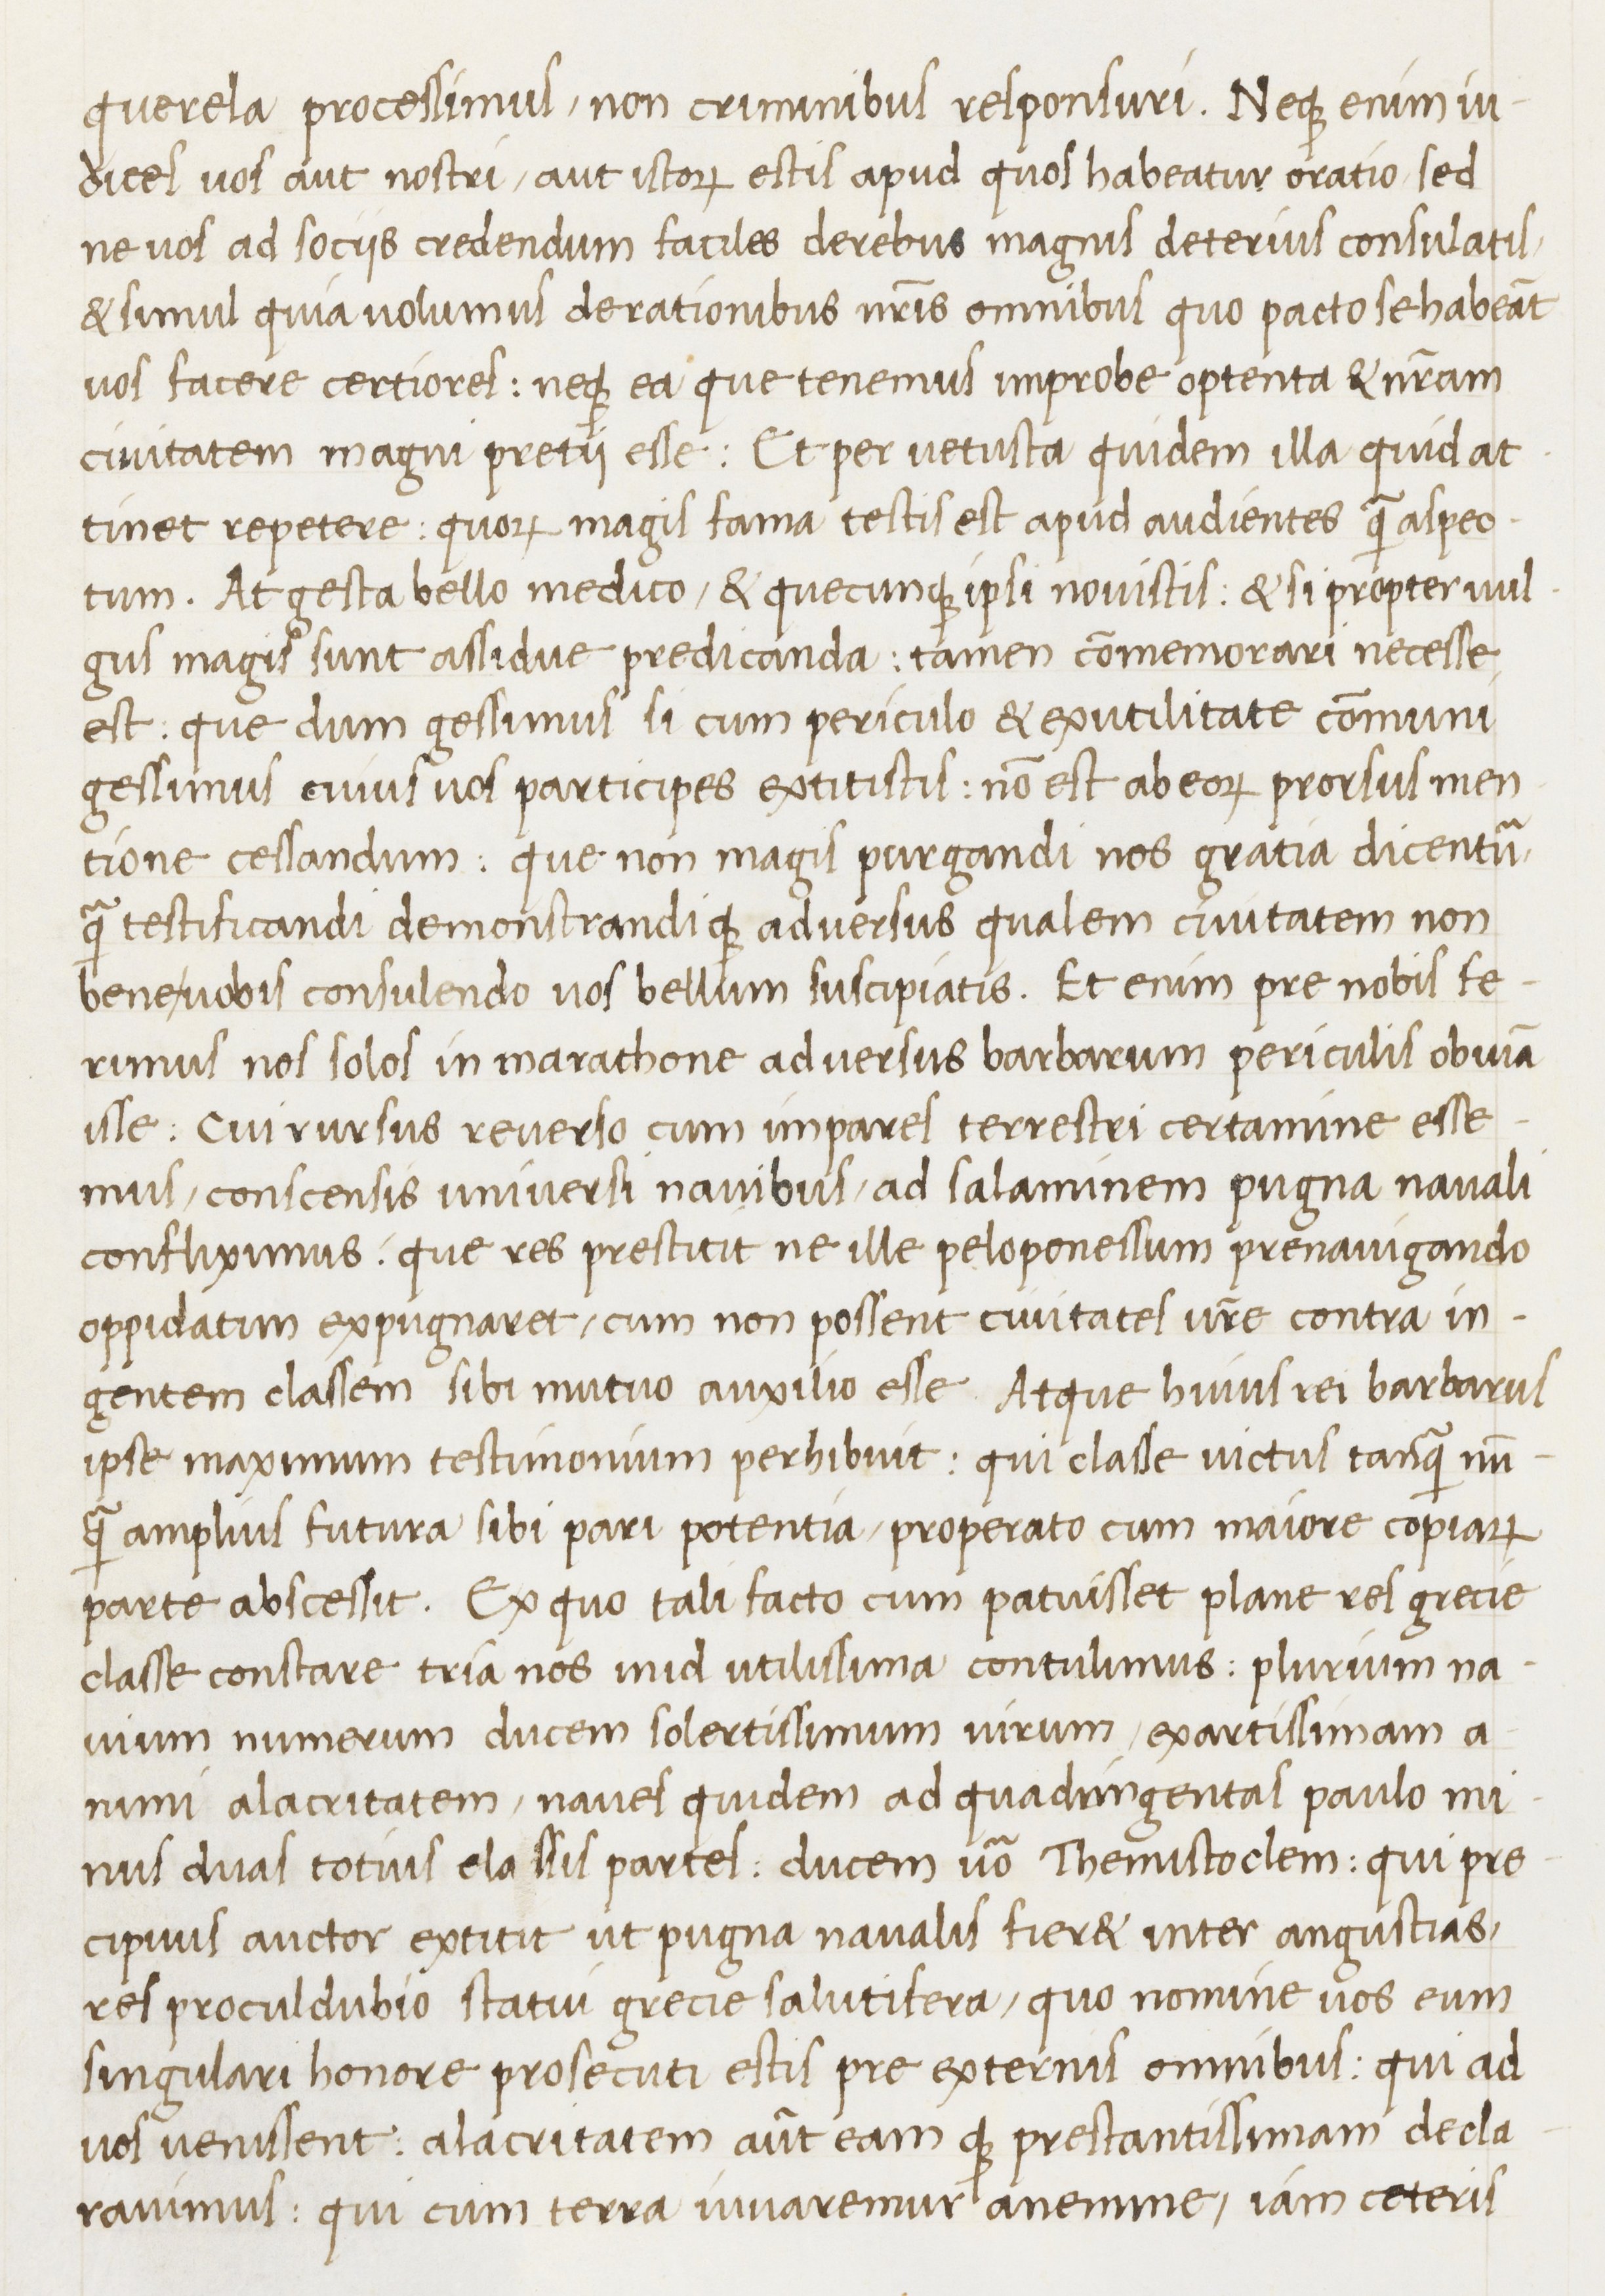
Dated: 1400–1499